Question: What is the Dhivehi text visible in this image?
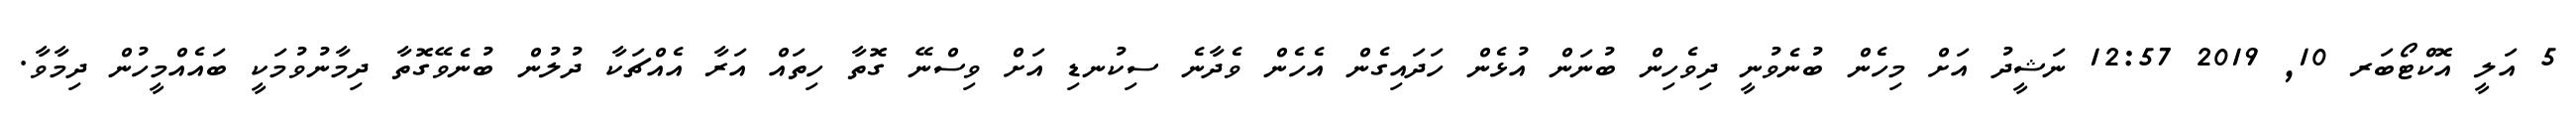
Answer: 5 އަލީ އޮކްޓޯބަރ 10, 2019 12:57 ނަޝީދު އަށް މިހެން ބުނެވުނީ ދިވެހިން ބުނަން އުޅެން ހަދައިގެން އެހެން ވެދާނެ ސިކުނޑި އަށް ވިސްނޭ ގޮތާ ހިތައް އަރާ އެއްޗަކާ ދުލުން ބުނެވޭގޮތާ ދިމާނުވުމަކީ ބައެއްމީހުން ދިމާވާ.